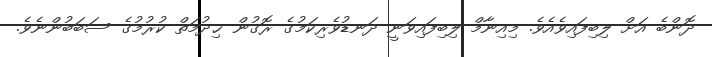
ދޮންބެ އަށް ލިބިފައިވެއެވެ. މިއިނާމް ލިބިފައިވަނީ ދަނޑުވެރިކަމުގެ ރޮގުން ޚިދުމަތް ކުރުމުގެ ސަބަބުންނެވެ.